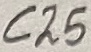
Text: C25